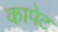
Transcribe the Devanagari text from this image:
कापेट